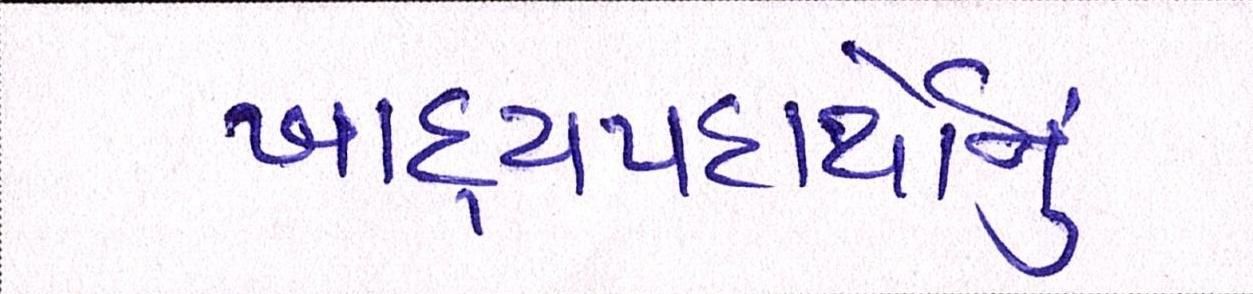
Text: ખાદ્યપદાર્થોનું